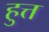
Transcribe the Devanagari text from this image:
हुत्त